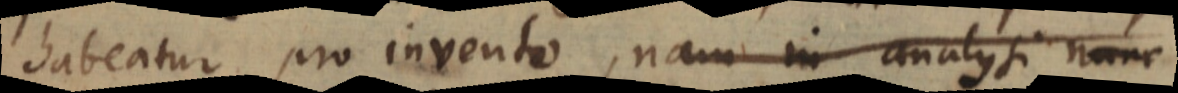
habeatur pro invento, nam in analysi nunc